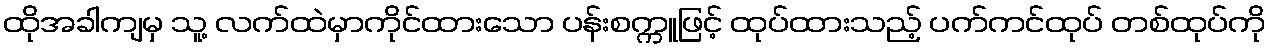
ထိုအခါကျမှ သူ့ လက်ထဲမှာကိုင်ထားသော ပန်းစက္ကူဖြင့် ထုပ်ထားသည့် ပက်ကင်ထုပ် တစ်ထုပ်ကို